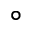
^ { \circ }